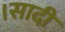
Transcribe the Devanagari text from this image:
।सादी